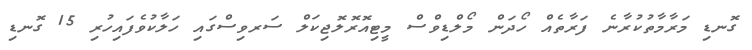
ގޮނޑި މަރާމާތުކުރާނެ ފަރާތެެއް ހޯދަން މޯލްޑިވްސް މީޓިއޮރޮލޮޖިކަލް ސަރވިސްގައި ހަލާކުވެފައިހުރި 15 ގޮނޑި